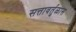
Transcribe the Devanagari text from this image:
सत्तावर्तुळास